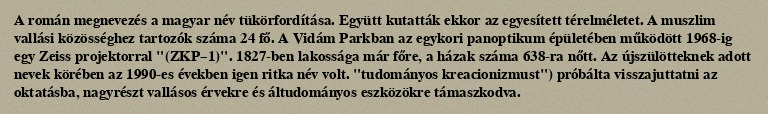
A román megnevezés a magyar név tükörfordítása. Együtt kutatták ekkor az egyesített térelméletet. A muszlim vallási közösséghez tartozók száma 24 fő. A Vidám Parkban az egykori panoptikum épületében működött 1968-ig egy Zeiss projektorral "(ZKP–1)". 1827-ben lakossága már főre, a házak száma 638-ra nőtt. Az újszülötteknek adott nevek körében az 1990-es években igen ritka név volt. "tudományos kreacionizmust") próbálta visszajuttatni az oktatásba, nagyrészt vallásos érvekre és áltudományos eszközökre támaszkodva.